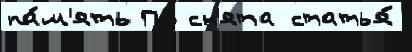
па́м'ять По сн'ята статья́